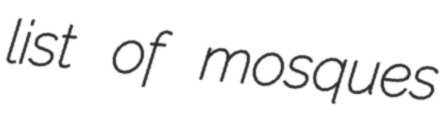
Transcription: list of mosques